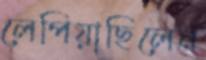
লেপিয়াছিলেন